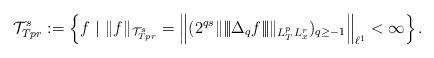
LaTeX: \begin{align*}\mathcal{T}^s_{Tpr} := \left\{ f \ \vert \ \Vert f \Vert_{\mathcal{T}^s_{Tpr}} = \left\Vert (2^{qs} \Vert |\!|\!| \Delta_q f |\!|\!| \Vert_{L^{p}_T L^r_x} )_{q \ge -1} \right\Vert_{\ell^{1}} <\infty \right\}.\end{align*}